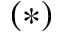
( * )